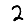
Digit: 2